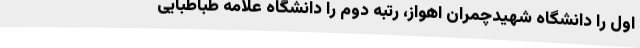
اول را دانشگاه شهیدچمران اهواز، رتبه دوم را دانشگاه علامه طباطبایی